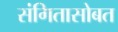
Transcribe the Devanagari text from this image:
संगितासोबत